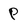
Character: P